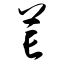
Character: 芒